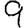
Digit: 9